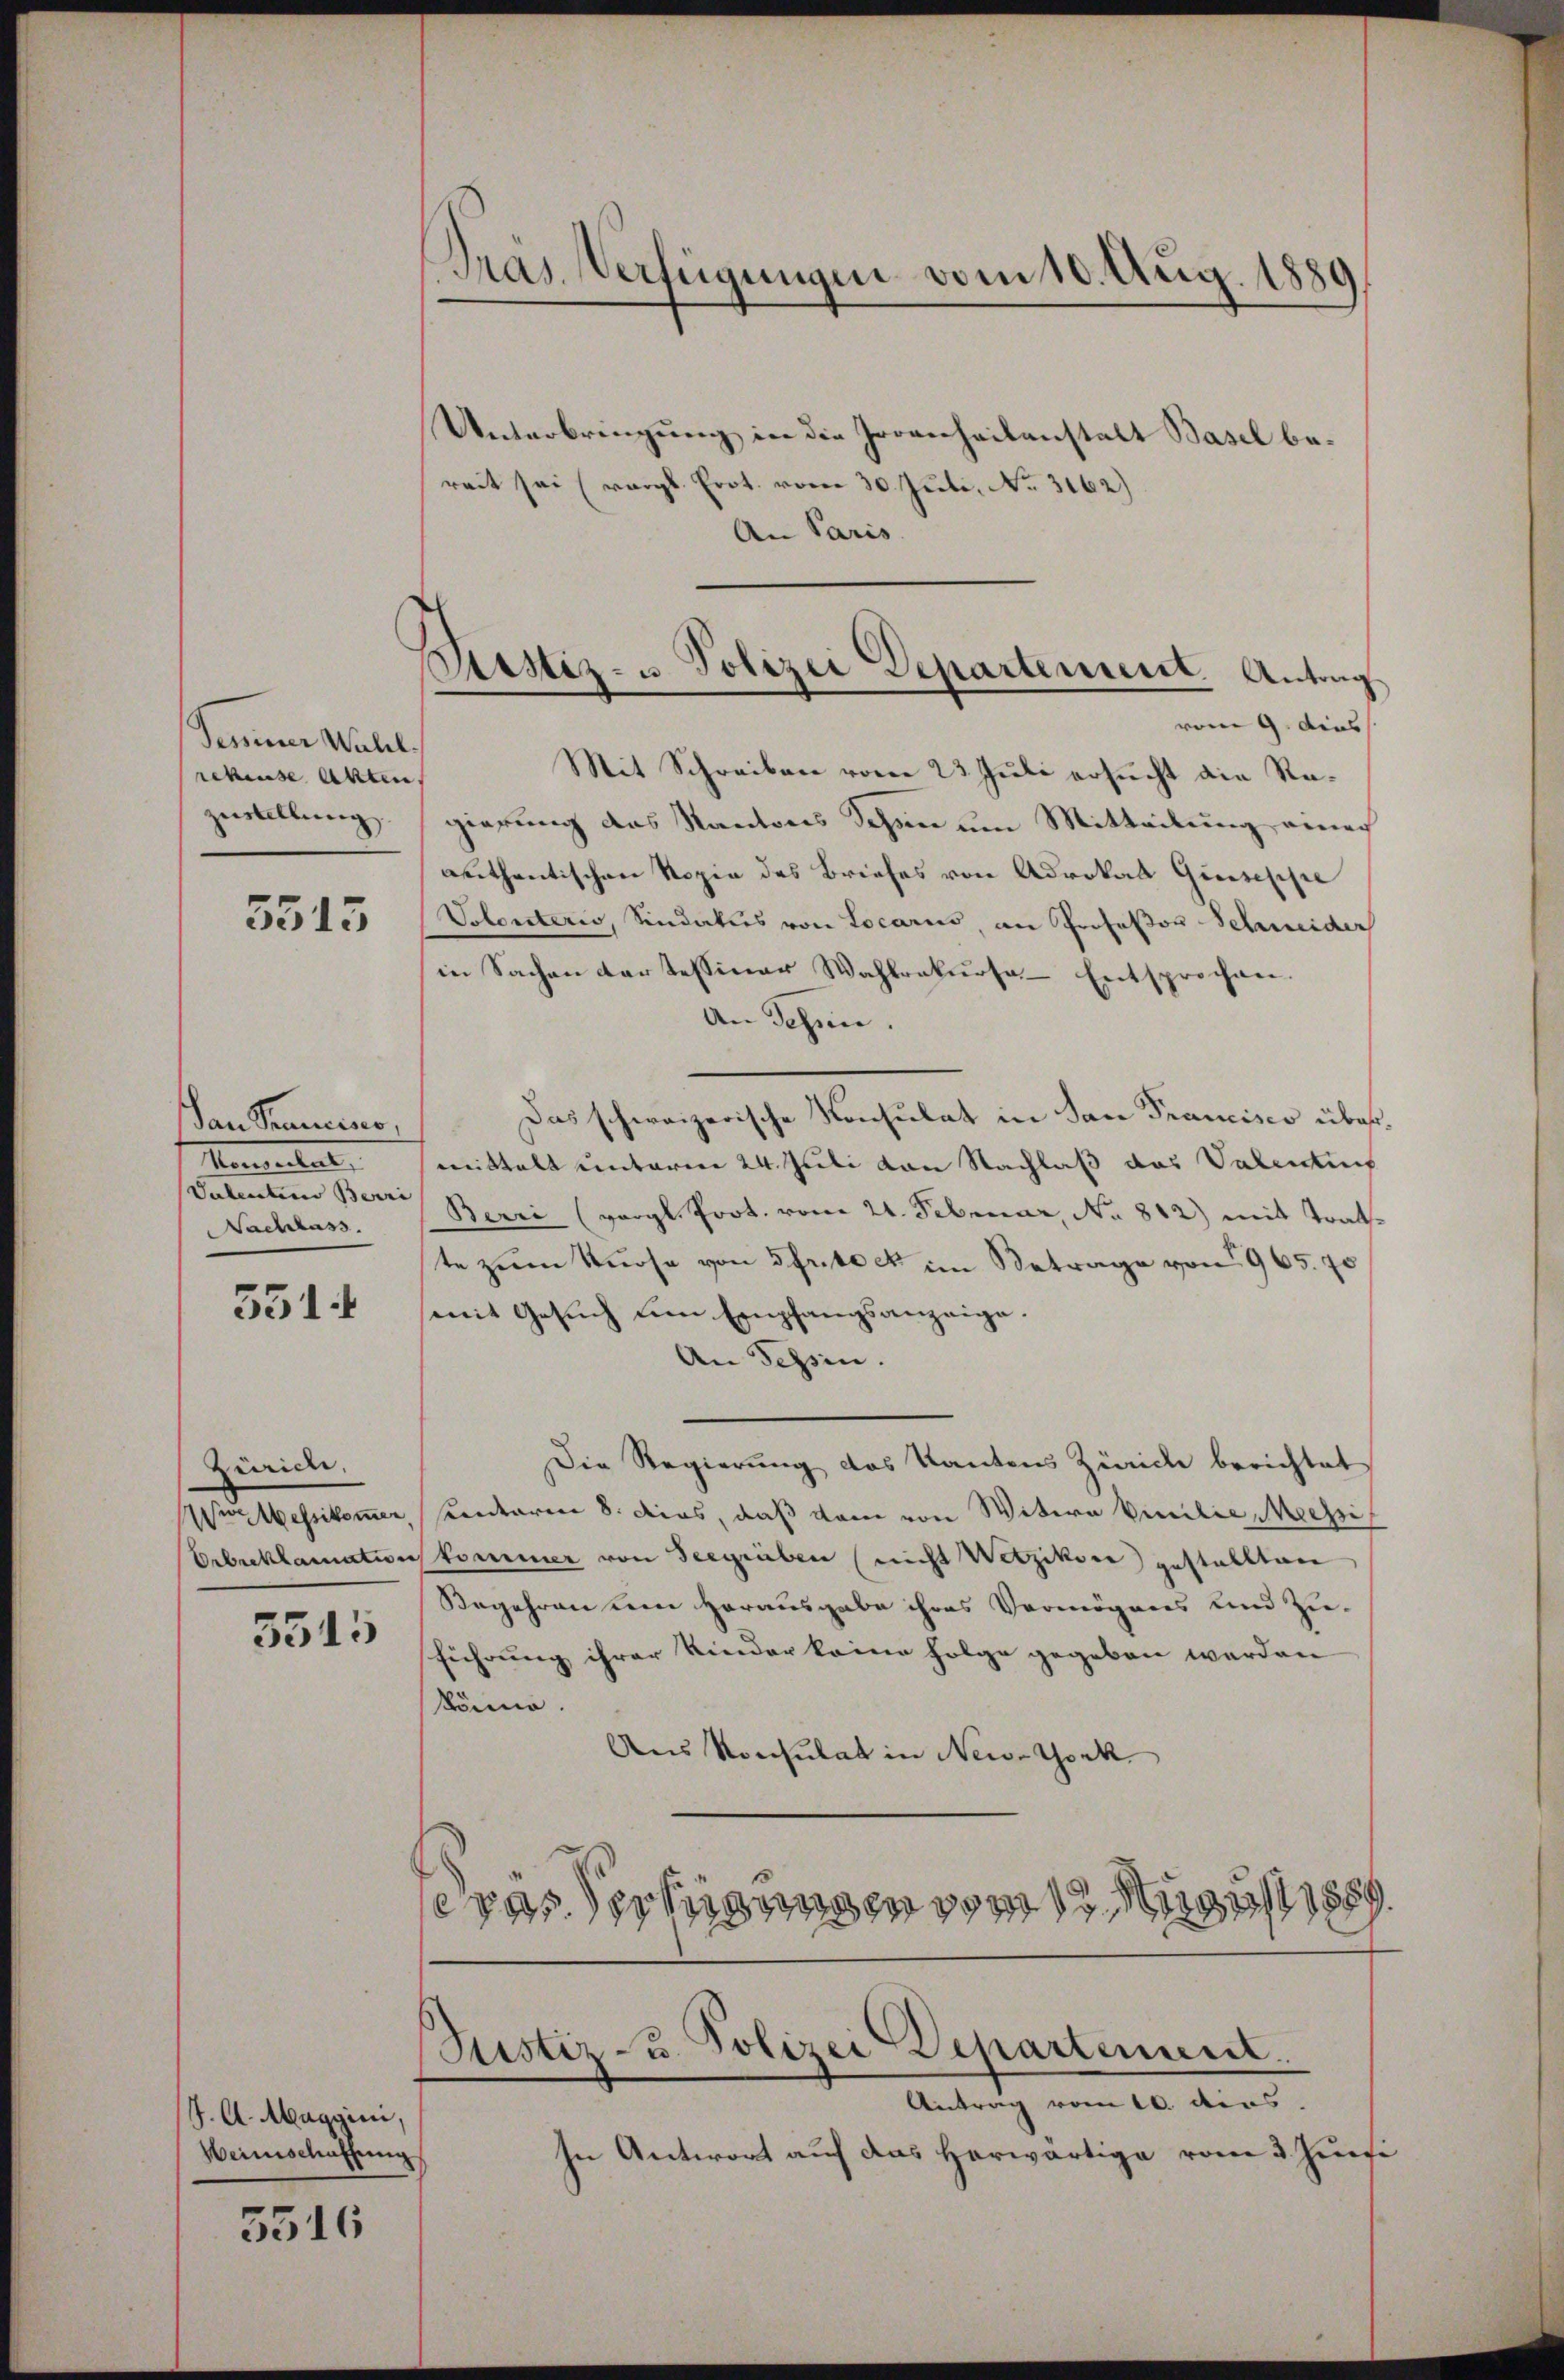
Seminer Wahl.
rehause Akten,
zustellung

5515

Dan Trancino,
Memental
Valenten Berri
Nachlass

551.

Zürich,

3315

J. A. Maggini
Weinschaffung

5516

Pras Verfügungen vom 10. Aug. 1880

Lestiz- u. Polizei Departement. Antrag
vom 9. dies

Unterbringung in die Irrenheitanstalt Basel bereit sei (vergl. Prot. vom 30. Juli, No. 3162)
An Paris.
Mit Schreiben vom 23. Juli ersucht die Regierung des Kantons Sehen um Mitteilung einer
anthentischen Kopie des Briefes von Advokat Guisische
Volonterio, Sindates von Locarus an Profeßor-Schneider
in Sachen dartessiner Wahlrekŭrsa. Entsprochen.
An Schen.
Das schweizerische Konsulat in San Francisco über
mittelt unterm 24. Juli von Nachlaß das Valentif
Berri (vergl. Prot. vom 21. Februar, No 812) mit trat
ste zum Kurse von 3frito et im Betrage von 965. 70
mit Gesuch um Empfangsanzeige.
An Tessin.
Die Regierung des Kantons Zürich berichtet
Ver Wessikommer, sentaren 8. dies, daß dem von Witwe Emilie Messi
Erbreklamationskommer von Seegräben (nicht Wetzikon gestallten
Begehren um Herausgabe ihres Vermögens und Zu-
führung ihrer Kinder keine Folge gegeben werden
könne.
Aus Konsulat in New-York
drassertigungen vom Mit 188
Justiz u. Polizei Departement.
Antrag vom 10. dies
In Antwort auf das herwärtige vom 3. Jun

e